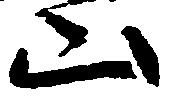
山